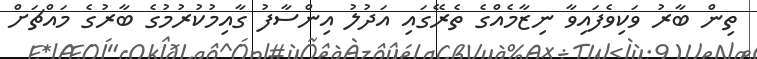
ތިން ބާރު ވަކިވެފައިވާ ނިޒާމެއްގެ ތެރޭގައި އަދުލު އިންސާފު ގާއިމުކުރުމުގެ ބާރުގެ މައްޗަށް